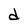
Character: d